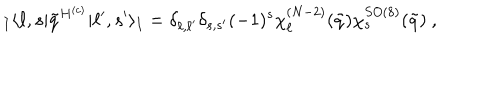
{ } _ { I } \langle \ell , s | \tilde { q } ^ { H ^ { ( c ) } } | \ell ^ { \prime } , s ^ { \prime } \rangle _ { I } = \delta _ { \ell , \ell ^ { \prime } } \delta _ { s , s ^ { \prime } } ( - 1 ) ^ { s } \chi _ { \ell } ^ { ( N - 2 ) } ( \tilde { q } ) \chi _ { s } ^ { S O ( 8 ) } ( \tilde { q } ) ~ ,